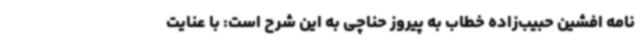
نامه افشین حبیب‌زاده خطاب به پیروز حناچی به این شرح است: با عنایت